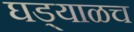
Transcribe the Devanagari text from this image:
घड्याळच